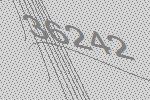
36242